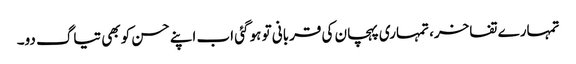
تمہارے تفاخر، تمہاری پہچان کی قربانی تو ہو گئی اب اپنے حسن کو بھی تیاگ دو۔